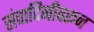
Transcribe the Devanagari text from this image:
संवादिनीवरून